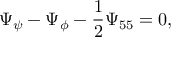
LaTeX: \Psi _ { \psi } - \Psi _ { \phi } - \frac { 1 } { 2 } \Psi _ { 5 5 } = 0 ,